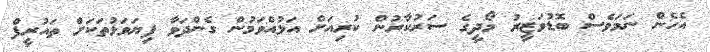
އެހެން ނަމަވެސް ބޮޑުވަޒީރު މޯދީގެ ސަރުކާރުން ކުރިއަށް އަޅުއްވަމުން ގެންދަވާ ފިޔަވަޅުތަކަށް ތައުރީފް